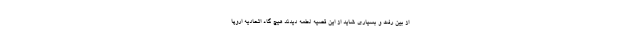
از بین رفت و بسیاری شاید از این قضیه لطمه دیدند هیچ گاه اتحادیه اروپا